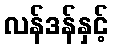
လန်ဒန်နှင့်